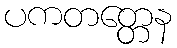
ပကတတ္တေန